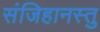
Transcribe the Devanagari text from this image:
संजिहानस्तु